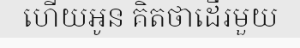
ហើយអូន គិតថាដើរមួយ